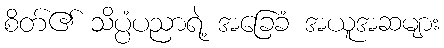
စိတ်၏ သိပ္ပံပညာရဲ့ အခြေခံ အယူအဆများ